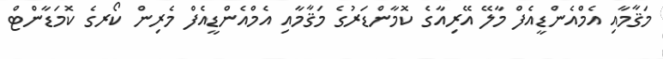
މަޤާމާއި އެމްއެންޑީއެފް މާލޭ އޭރިއާގެ ކޮމާންޑަރުގެ މަޤާމާއި އެމްއެންޑީއެފް މެރިން ކޯރގެ ކޮމަޑާންޓް